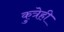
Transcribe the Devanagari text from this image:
कुत्रेही